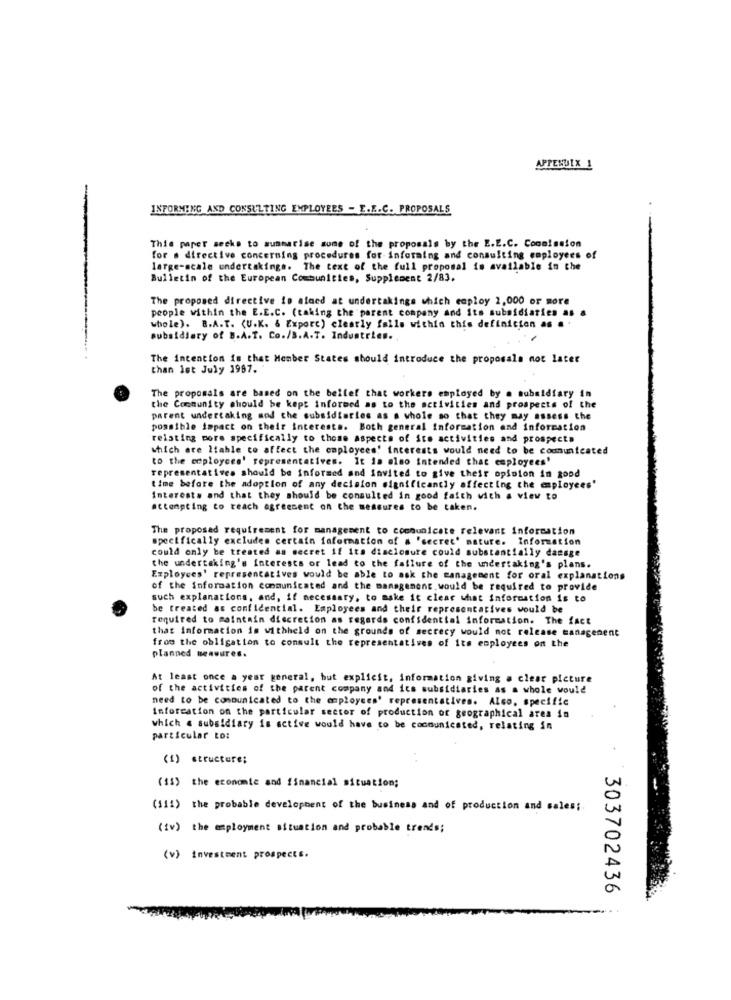
INFORMING AND CONSULTING EMPLOYEES - E.E.C. PROPOSALS
This paper secke to sunmarise some of the proposals by the E.E.C. Commission
for . directive concerning procedures for infotaing and consulting employees of
large-scale undertakings. The text of the full proposal is available in the
Bulletin of the European Communities, Supplement 2/83.
The proposed directive is aloed at undertakings which employ 2,000 or more
people within the E.E.C. (taking the parent company and its subsidiatien as
whole). B.A.T. < U.K. & Exporc) clearly falls within this definicion as a .
subsidiary of B.A.T. Co./B.A.T. Industries.
The intention is that Member States should introduce the proposals not later
than let July 1987.
The proposals are based on the belief that workers employed by a subsidiary in
the Community should be kept informed as to the activities and prospects of the
parent undertaking mod the subsidiaries as a whole so that they may assess the
possible impact on their interests. Both general information and information
relating more specifically to those aspects of its activities and prospects
which are liable to affect the employees! interests would need to be communicated
to the employees' representatives. It is also intended that employees'
representatives should be informed and invited to give their opinion in good
time before the adoption of any decision significantly affecting the eployees'
Interests and that they should be consulted in good faith with a view to
attempting to teach agreement on the measures to be taken.
The proposed requirement for management to communicate relevant information
specifically excludes certain faformation of # 'secret' mature. Information
could only be treated as secret if its disclosure could substantially dansge
the undertaking's Interests or lead to the failure of the undertaking's plans.
Employees' representatives would be able to ask the management for oral explanations
of the information communicated and the management. would be required to provide
such explanations, and, if necessary, to make it clear what information is to
be treated as confidential. Employees and their representatives would be
required to maintain discretion as regards confidential information. The fact
that information is withheld on the grounds of secrecy would not release management
from the obligation to consult the representatives of its employees on the
planned beauures.
At least once a year general, but explicit, information giving a clear picture
of the activities of the parent company and its subsidiaries as a whole would
need to be communicated to the employees' representatives. Also, specific
Information on the particular sector of production of geographical area in
which a subsidiary is active would have co be communicated, relating in
particular to:
(1) structure;
. .
(13) the economie and financial situation;
(111) the probable development of the business and of production and sales;
(iv) the employment situation and probable trends;
(v) investment prospects.
303702436